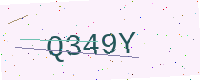
Text: Q349Y